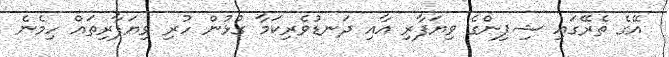
އޭގެ ތެރޭގައި ޝިޕިންގެ ވިޔަފާރި އާއި ދަނޑުވެރިކަމާ ގުޅުން ހުރި ވިޔަފާރިތައް ހިމެނެ